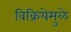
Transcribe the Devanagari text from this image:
विक्रियेमुळे